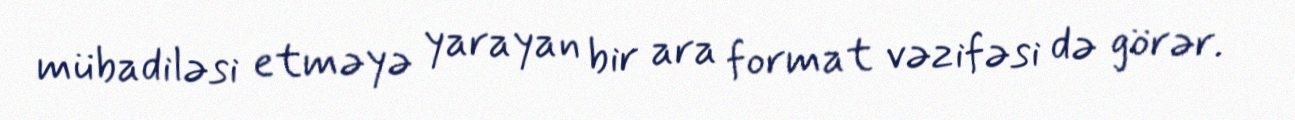
mübadiləsi etməyə yarayan bir ara format vəzifəsi də görər.